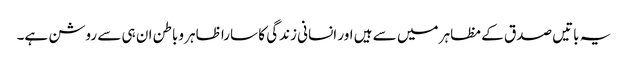
یہ باتیں صدق کے مظاہر میں سے ہیں اور انسانی زندگی کا سارا ظاہر وباطن ان ہی سے روشن ہے۔